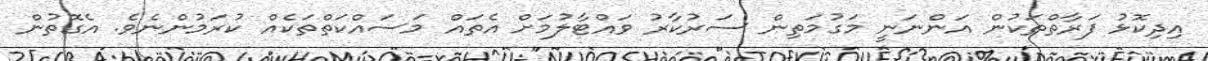
އިދިކޮޅު ފަރާތްތަކުން އަންނަނީ މަގުމަތިން ސަރުކާރު ވައްޓާލުމަށް އެތައް މަސައްކަތްތަކެއް ކުރަމުންނެވެ. އެގޮތުން